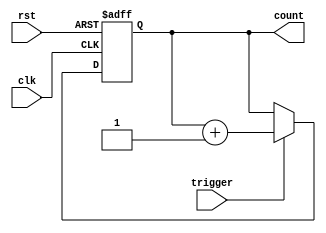
module Counter (
    input clk,  // clock signal
    input rst,  // reset signal
    input trigger,  // input trigger signal
    output reg [31:0] count // count value
);

always @(posedge clk or posedge rst) begin
    if (rst) begin
        count <= 32'h0; // reset count value
    end else if (trigger) begin
        count <= count + 1; // increment count value
    end
end

endmodule